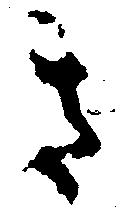
き